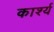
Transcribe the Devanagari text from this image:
कार्श्य